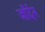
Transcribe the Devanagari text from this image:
जॉर्दन